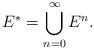
LaTeX: \begin{align*}E^* = \bigcup_{n = 0}^\infty E^n.\end{align*}